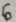
Text: 6